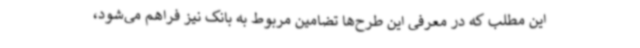
این مطلب که در معرفی این طرح‌ها تضامین مربوط به بانک نیز فراهم می‌شود،